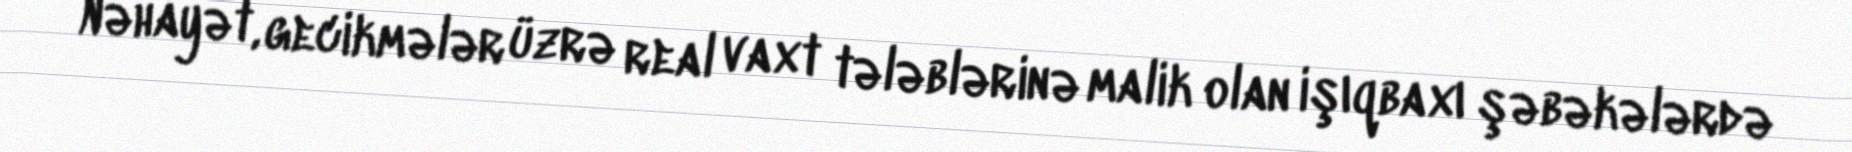
Nəhayət, gecikmələr üzrə real vaxt tələblərinə malik olan işıqbaxı şəbəkələrdə